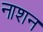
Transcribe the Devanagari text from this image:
नाशन